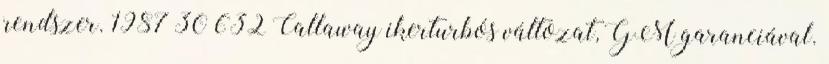
rendszer. 1987 30 632 Callaway ikerturbós változat, GM garanciával.